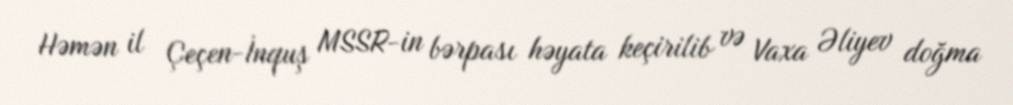
Həmən il Çeçen-İnquş MSSR-in bərpası həyata keçirilib və Vaxa Əliyev doğma